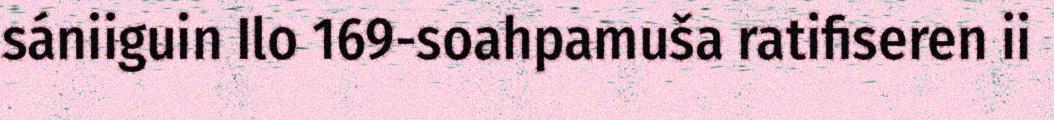
sániiguin Ilo 169-soahpamuša ratifiseren ii